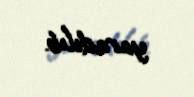
yaradılıb.